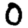
Digit: 0